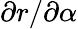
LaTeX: \partial r/\partial\alpha